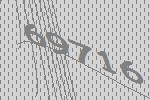
69716